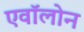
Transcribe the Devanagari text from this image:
एवॉलोन